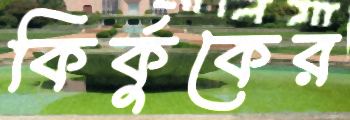
কির্কুকের